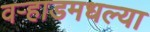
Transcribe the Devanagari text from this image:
वर्‍हाडमधल्या